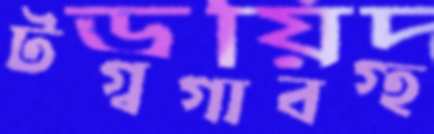
টগ্‌বগাবগ্‌হ